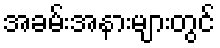
အခမ်းအနားများတွင်